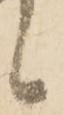
候